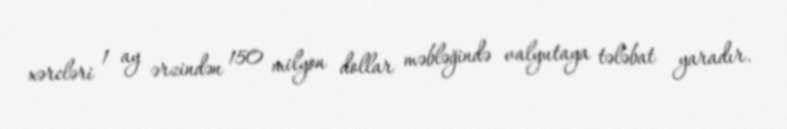
xərcləri 1 ay ərzindən 150 milyon dollar məbləğində valyutaya tələbat yaradır.